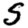
Digit: 5